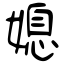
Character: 媳